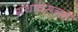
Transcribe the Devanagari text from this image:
ग्रंथावरूनही